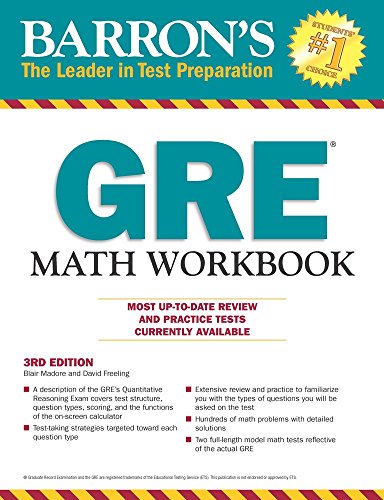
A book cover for Barron's GRE Math Workbook, 3rd Edition; Blair Madore; Test Preparation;